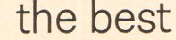
the best